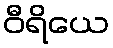
ဝီရိယေ